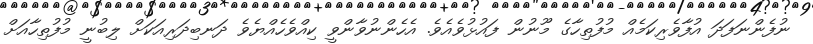
ނުފެންނަފަދަ އުފާވެރިކަމެއް މުފުތިހާގެ މޫނުން ފައުޅުވެއެވެ. އެހެންނުވާންވީ ކިއްވެހެއްޔެވެ ދަނބިދަރިއަކަށް ލިބުނީ މުފުތިހާއަށް